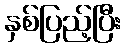
နှစ်ပြည့်ပြီး